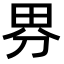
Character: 𭻃